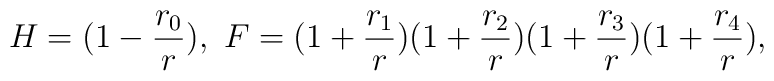
H = (1 - \frac{r_{0}}{r}), \ F = (1 + \frac{r_{1}}{r})(1 + \frac{r_{2}}{r})(1 +\frac{r_{3}}{r})(1 + \frac{r_{4}}{r}),